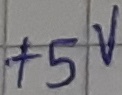
Text: +5V